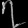
Digit: ၇